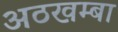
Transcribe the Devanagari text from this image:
अठखम्बा